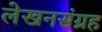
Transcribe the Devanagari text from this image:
लेखनसंग्रह